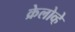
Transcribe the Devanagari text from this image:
क्रेलोव्हे